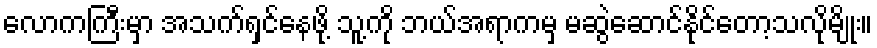
လောကကြီးမှာ အသက်ရှင်နေဖို့ သူ့ကို ဘယ်အရာကမှ မဆွဲဆောင်နိုင်တော့သလိုမျိုး။